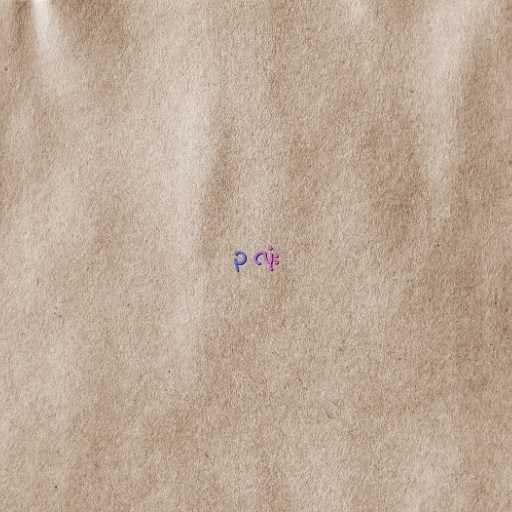
၃ လုံး